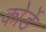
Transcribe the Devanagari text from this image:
कोर्डे